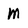
Character: M